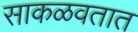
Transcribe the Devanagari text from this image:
साकळवतात